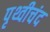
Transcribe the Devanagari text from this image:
पृथ्वीचंद